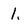
Character: 1